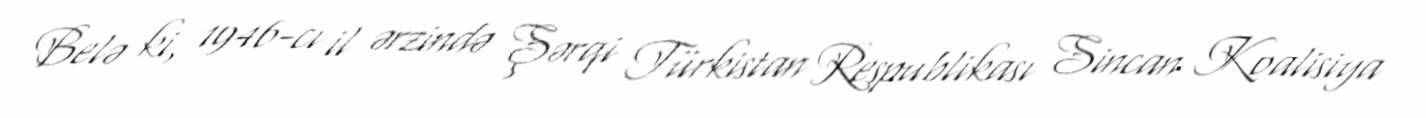
Belə ki, 1946-cı il ərzində Şərqi Türkistan Respublikası Sincan Koalisiya